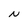
Character: N